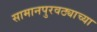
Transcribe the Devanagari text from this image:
सामानपुरवठ्याच्या